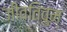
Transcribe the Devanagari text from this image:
जीवतिवुम्